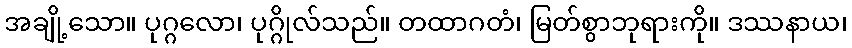
အချို့သော။ ပုဂ္ဂလော၊ ပုဂ္ဂိုလ်သည်။ တထာဂတံ၊ မြတ်စွာဘုရားကို။ ဒဿနာယ၊